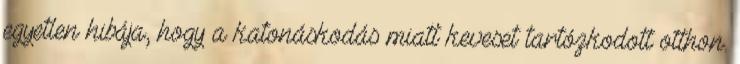
egyetlen hibája, hogy a katonáskodás miatt keveset tartózkodott otthon.